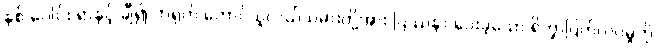
နှစ် ပေါင်း ရာနှင့် ချီ၍ တရုတ် တောင်သူလယ်သမားတို့အား ပြဿနာ ပေးခဲ့သော ရိက္ခာပြတ်လပ်မှုကို